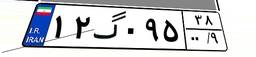
۱۲گ۰۹۵۳۸